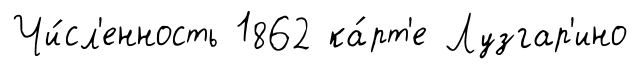
Чи́сл'енность 1862 ка́рт'е Лузгар'ино